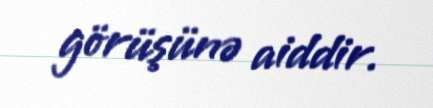
görüşünə aiddir.